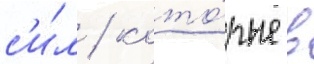
с'и́л / кото́рые в